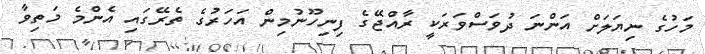
މަހުގެ ނިޔަލަށް އަންނަ ދުވަސްވަރަކީ ރާއްޖޭގެ ފިނިހޫނުމިން އަހަރުގެ ތެރޭގައި އެންމެ މަތިވާ